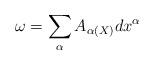
LaTeX: \begin{align*}\omega =\sum_{\alpha}A_{\alpha(X)}dx^{\alpha} \end{align*}